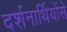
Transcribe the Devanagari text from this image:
दर्शनार्थियोंसे